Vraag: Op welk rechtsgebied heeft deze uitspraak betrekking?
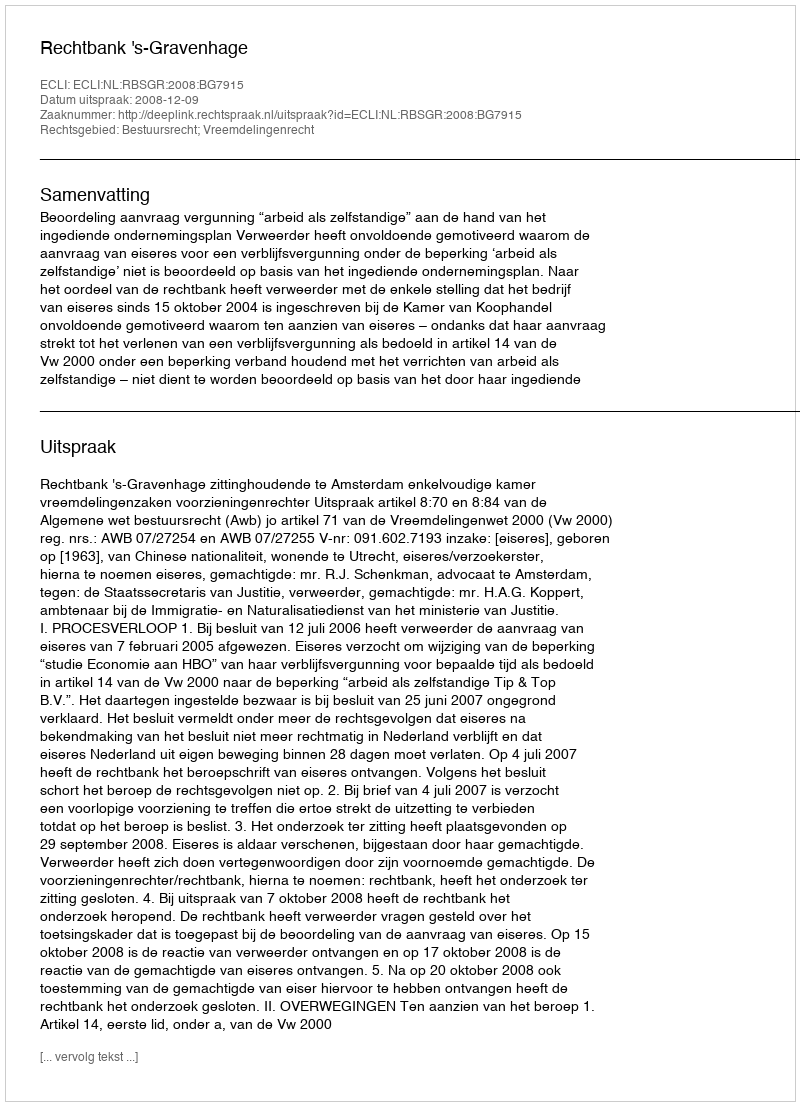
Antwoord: Bestuursrecht; Vreemdelingenrecht